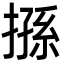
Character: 搎